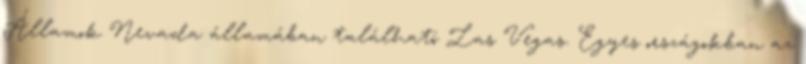
Államok Nevada államában található Las Vegas. Egyes országokban az